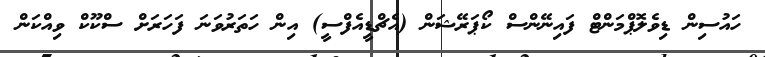
ހައުސިން ޑިވެލޮޕްމަންޓް ފައިނޭންސް ކޯޕަރޭޝަން (އެޗްޑީއެފްސީ) އިން ހަތަރުވަނަ ފަހަރަށް ސްކޫކް ވިއްކަން